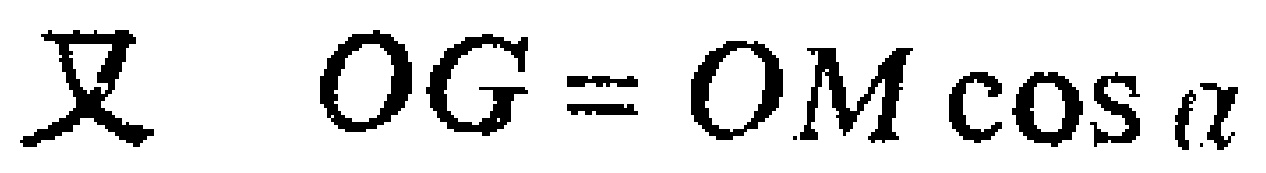
又 \(OG = OM\cos\alpha\)